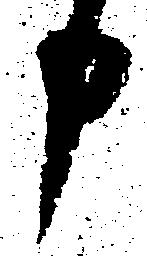
申